Report of the King Institute of Preventive Medicine, Guindy
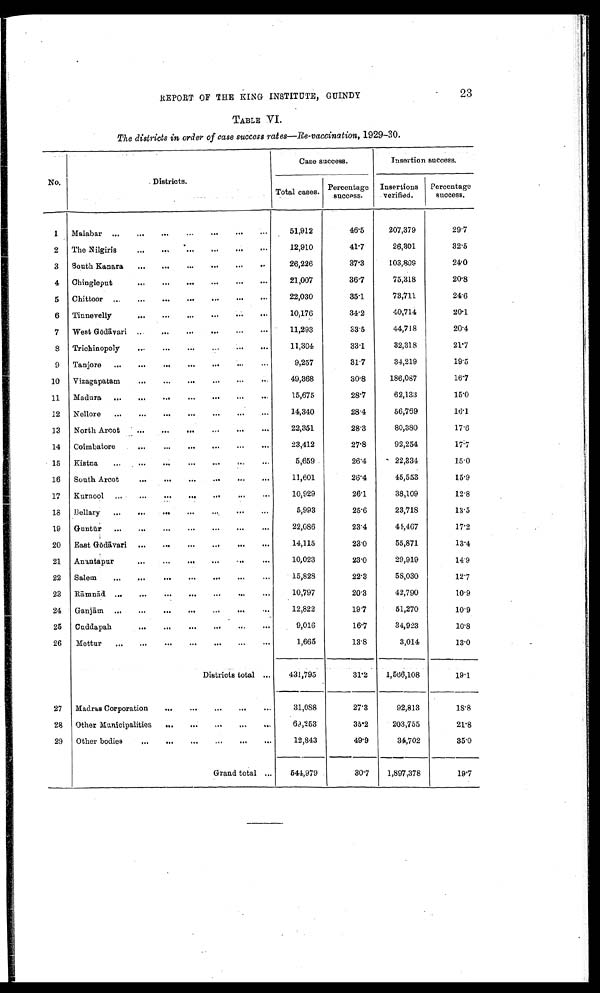
REPORT OF THE KING INSTITUTE, GUINDY
23
TABLE VI.
The districts in order of case success rates—Re-vaccination, 1929-30.
No.
Districts.
Case success.
Insertion success.
Total cases.
Percentage
success.
Insertions
verified.
Percentage
success.
1
Malabar ...
...
...
...
...
...
. . .
51,912
4 6 . 5
207,379
29.7
2
The Nilgiris
...
...
...
...
...
. . .
12,910
41.7
26,301
32.5
3
South Kanara
...
...
...
...
...
...
26,226
37.3
103,809
2 4 . 0
4
Chingleput
...
...
...
...
...
21,007
36.7
75,318
20.8
5
Chittoor ...
...
...
...
...
...
. . .
22,030
35.1
73,711
24.6
6
Tinnevelly
...
...
...
•••
...
•••
10,176
34.2
40,714
20.1
7
West Gōdā vari ... ... ... ... ... ...
11,293
3 3 . 5
44,718
2 0 . 4
8
Trichinopoly
...
...
...
. . .
...
11,304
33.1
32,318
21.7
9
Tanjore
...
...
... ... ... ... ...
9,257
31.7
34,219
19.5
10
Vizagapatam
...
...
...
...
...
...
49,368
30.8
186,087
16.7
11
Madura
...
...
...
15,675
28.7
62,133
15.0
12
Nellore
...
...
...
...
...
...
...
14,340
28.4
56,769
16.1
13
North Arcot
...
...
...
...
...
...
22,351
28.3
80,380
17.6
14
Coimbatore
...
...
...
...
...
. . .
23,412
27.8
92,254
17.7
15
Kistna
...
...
...
...
...
...
. . .
5,659
26.4
22,334
15.0
16
South Arcot
...
...
...
...
...
...
11,601
26.4
45,553
15.9
17
Kurnool
...
...
...
...
...
...
. . .
10,929
26.1
38,109
12.8
18
Bellary
...
...
...
...
...
...
...
5,993
25.6
23,718
13.5
19
Guntū r
...
...
...
...
...
...
...
22,086
23.4
44,467
17.2
20
East Gōdā vari
...
...
...
...
...
...
14,115
23.0
55,871
13.4
21
Anantapur
...
...
... ...
...
...
10,023
23.0
29,919
14.9
22
Salem
...
...
...
...
...
...
...
15,828
22.3
58,030
12.7
23 Rāmnād
...
...
...
...
...
...
..
10,797
20.3
42,790
10.9
24
Ganjām
...
...
...
...
...
...
...
12,822
19.7
51,270
10.9
25
Cuddapah
...
...
...
...
..
...
9,016
16.7
34,923
10.8
26
Mettur
...
...
...
...
...
...
1,665
13.8
3,014
13.0
Districts total ...
431,795
31.2
1,566,108
19.1
27
Madras Corporation
...
...
...
...
...
31,088
27.3
92,813
18.8
28
Other Municipalities
...
...
...
...
...
69,253
35.2
203,755
21.8
29
Other bodies
...
...
...
...
...
...
12,843
49.9
34,702
35.0
Grand total ...
544,979
30.7
1,897,378
19.7